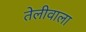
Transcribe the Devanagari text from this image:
तेलीवाला